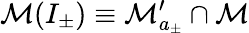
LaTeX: \mathcal{M}(I_{\pm})\equiv\mathcal{M}_{a_{\pm}}^{\prime}\cap\mathcal{M}